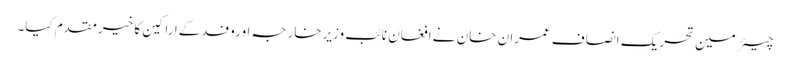
چیئرمین تحریک انصاف عمران خان نے افغان نائب وزیرخارجہ اوروفدکےاراکین کا خیرمقدم کیا۔